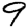
Digit: 9